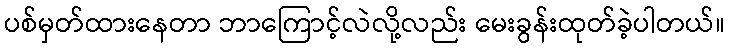
ပစ်မှတ်ထားနေတာ ဘာကြောင့်လဲလို့လည်း မေးခွန်းထုတ်ခဲ့ပါတယ်။